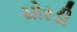
ચોરડી